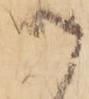
御